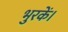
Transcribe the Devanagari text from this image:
भुरकें।